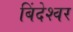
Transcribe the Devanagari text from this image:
बिंदेश्‍वर